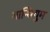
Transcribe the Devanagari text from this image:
गान्धियुम